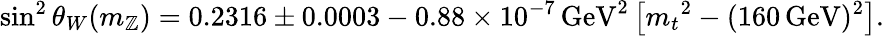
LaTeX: {\sin^{2}\theta_{W}}(m_{\mathbb{Z}})=0.2316\pm0.0003-0.88\times10^{-7}{\mathrm{{\, GeV}}}^{2}\left[{m_{t}}^{2}-(160\mathrm{{\, GeV}})^{2}\right].